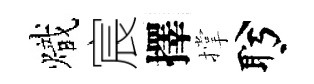
熾宸擇撑盻